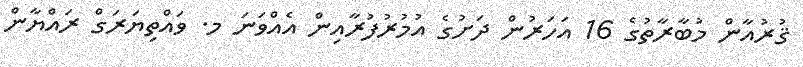
ޤުރުއާން މުބާރާތުގެ 16 އަހަރުން ދަށުގެ އުމުރުފުރާއިން އެއްވަނަ މ. ވައްތިޔަރަގް ރައްޔާން